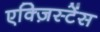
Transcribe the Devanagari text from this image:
एक्ज़िस्टेंस